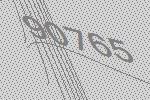
90765